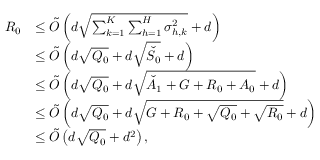
\begin{array} { r l } { R _ { 0 } } & { \le \tilde { O } \left( d \sqrt { \sum _ { k = 1 } ^ { K } \sum _ { h = 1 } ^ { H } \sigma _ { h , k } ^ { 2 } } + d \right) } \\ & { \le \tilde { O } \left( d \sqrt { Q _ { 0 } } + d \sqrt { \check { S } _ { 0 } } + d \right) } \\ & { \le \tilde { O } \left( d \sqrt { Q _ { 0 } } + d \sqrt { \check { A } _ { 1 } + G + R _ { 0 } + A _ { 0 } } + d \right) } \\ & { \le \tilde { O } \left( d \sqrt { Q _ { 0 } } + d \sqrt { G + R _ { 0 } + \sqrt { Q _ { 0 } } + \sqrt { R _ { 0 } } } + d \right) } \\ & { \le \tilde { O } \left( d \sqrt { Q _ { 0 } } + d ^ { 2 } \right) , } \end{array}